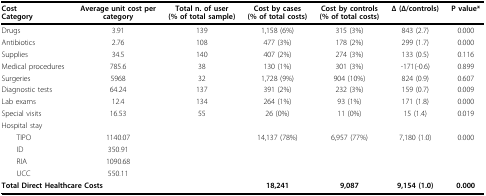
<table><thead><tr><td><b>Cost Category</b></td><td><b>Average unit cost per category</b></td><td><b>Total n. of user (% of total sample)</b></td><td><b>Cost by cases (% of total costs)</b></td><td><b>Cost by controls (% of total costs)</b></td><td><b>Δ (Δ/controls)</b></td><td><b>P value*</b></td></tr></thead><tbody><tr><td>Drugs</td><td>3.91</td><td>139</td><td>1,158 (6%)</td><td>315 (3%)</td><td>843 (2.7)</td><td>0.000</td></tr><tr><td>Antibiotics</td><td>2.76</td><td>108</td><td>477 (3%)</td><td>178 (2%)</td><td>299 (1.7)</td><td>0.000</td></tr><tr><td>Supplies</td><td>34.5</td><td>140</td><td>407 (2%)</td><td>274 (3%)</td><td>133 (0.5)</td><td>0.116</td></tr><tr><td>Medical procedures</td><td>785.6</td><td>38</td><td>130 (1%)</td><td>301 (3%)</td><td>-171(-0.6)</td><td>0.899</td></tr><tr><td>Surgeries</td><td>5968</td><td>32</td><td>1,728 (9%)</td><td>904 (10%)</td><td>824 (0.9)</td><td>0.607</td></tr><tr><td>Diagnostic tests</td><td>64.24</td><td>137</td><td>391 (2%)</td><td>232 (3%)</td><td>159 (0.7)</td><td>0.009</td></tr><tr><td>Lab exams</td><td>12.4</td><td>134</td><td>264 (1%)</td><td>93 (1%)</td><td>171 (1.8)</td><td>0.000</td></tr><tr><td>Special visits</td><td>16.53</td><td>55</td><td>26 (0%)</td><td>11 (0%)</td><td>15 (1.4)</td><td>0.019</td></tr><tr><td>Hospital stay</td><td></td><td></td><td></td><td></td><td></td><td></td></tr><tr><td> TIPO</td><td>1140.07</td><td></td><td>14,137 (78%)</td><td>6,957 (77%)</td><td>7,180 (1.0)</td><td>0.000</td></tr><tr><td> ID</td><td>350.91</td><td></td><td></td><td></td><td></td><td></td></tr><tr><td> RIA</td><td>1090.68</td><td></td><td></td><td></td><td></td><td></td></tr><tr><td> UCC</td><td>550.11</td><td></td><td></td><td></td><td></td><td></td></tr><tr><td colspan="3"><b>Total Direct Healthcare Costs</b></td><td><b>18,241</b></td><td><b>9,087</b></td><td><b>9,154 (1.0)</b></td><td><b>0.000</b></td></tr></tbody></table>